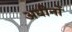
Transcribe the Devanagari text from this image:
अधीनों